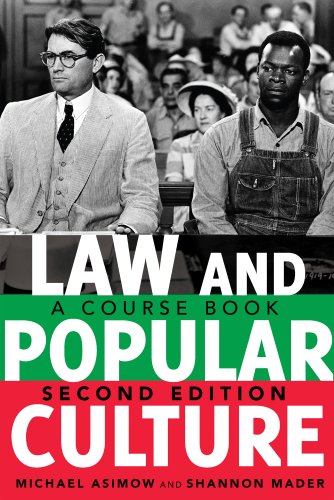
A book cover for Law and Popular Culture: A Course Book, 2nd Edition; Michael Asimow; Arts & Photography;